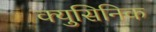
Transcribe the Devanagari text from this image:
क्युसिनिक